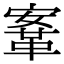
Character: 鞌